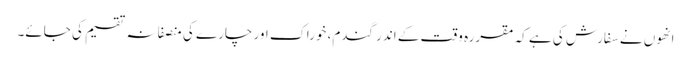
انھوں نے سفارش کی ہے کہ مقررہ وقت کے اندر گندم، خوراک اور چارے کی منصفانہ تقسیم کی جائے۔